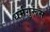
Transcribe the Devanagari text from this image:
धर्मगुरूंस